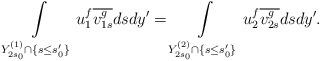
LaTeX: \begin{align*}\int\limits_{Y_{2s_0}^{(1)}\cap\{s\leq s_0'\}}u_1^f\overline{v_{1s}^g}dsdy' =\int\limits_{Y_{2s_0}^{(2)}\cap\{s\leq s_0'\}}u_2^f\overline{v_{2s}^g}dsdy'.\end{align*}